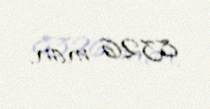
8326 man.